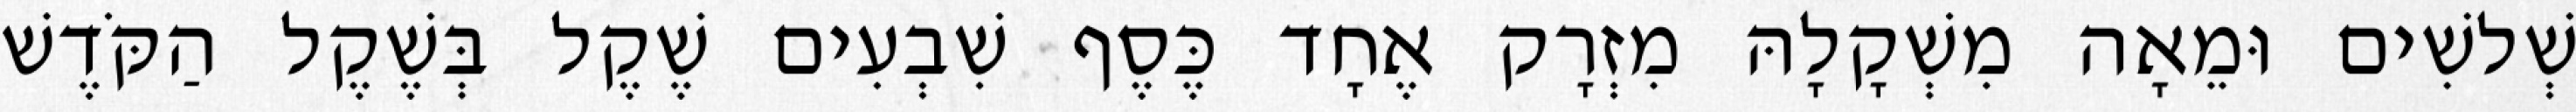
שְׁלשִׁים וּמֵאָה מִשְׁקָלָהּ מִזְרָק אֶחָד כֶּסֶף שִׁבְעִים שֶׁקֶל בְּשֶׁקֶל הַקֹּדֶשׁ